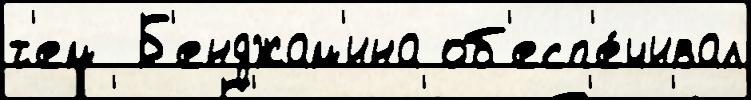
т'ем  Б'енджам'ина об'есп'е́чивал